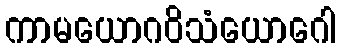
ကာမယောဂဝိသံယောဂေါ